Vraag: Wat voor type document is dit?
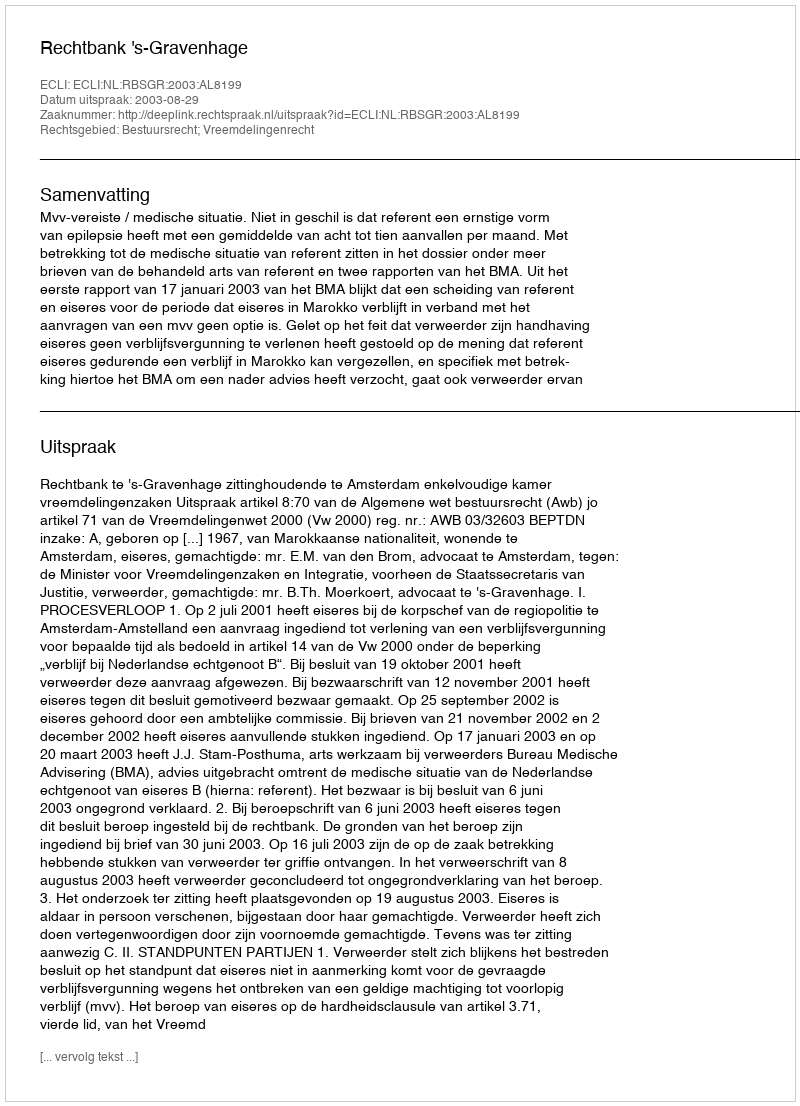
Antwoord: Uitspraak